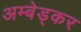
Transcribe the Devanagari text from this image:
अम्बेड्कर